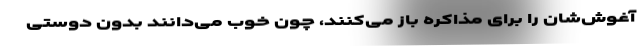
آغوش‌شان را برای مذاکره باز می‌کنند، چون خوب ‌می‌دانند بدون دوستی